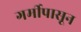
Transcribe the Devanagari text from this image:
गर्मीपासून